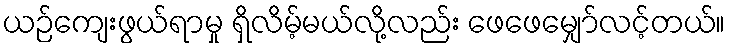
ယဉ်ကျေးဖွယ်ရာမှု ရှိလိမ့်မယ်လို့လည်း ဖေဖေမျှော်လင့်တယ်။